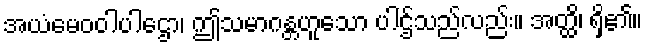
အယံမေဝဝါပါဌော၊ ဤသမာဂန္တဟူသော ပါဌ်သည်လည်း။ အတ္ထိ၊ ရှိ၏။